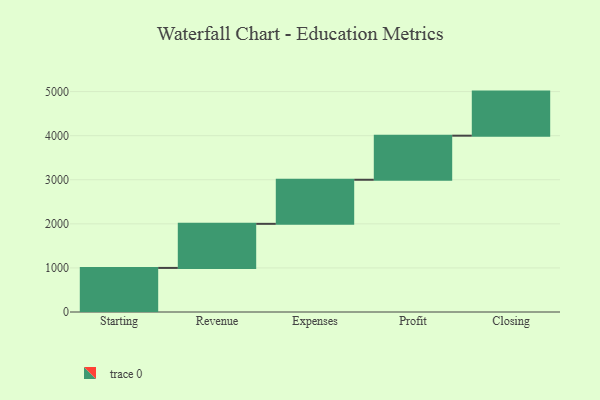
{"axis": {"x": "Step", "y": "Value"}, "legend": [""], "data": [{"x": "Starting", "y": 1000, "type": ""}, {"x": "Revenue", "y": 1000, "type": ""}, {"x": "Expenses", "y": 1000, "type": ""}, {"x": "Profit", "y": 1000, "type": ""}, {"x": "Closing", "y": 1000, "type": ""}]}